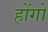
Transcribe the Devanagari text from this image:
होंगो